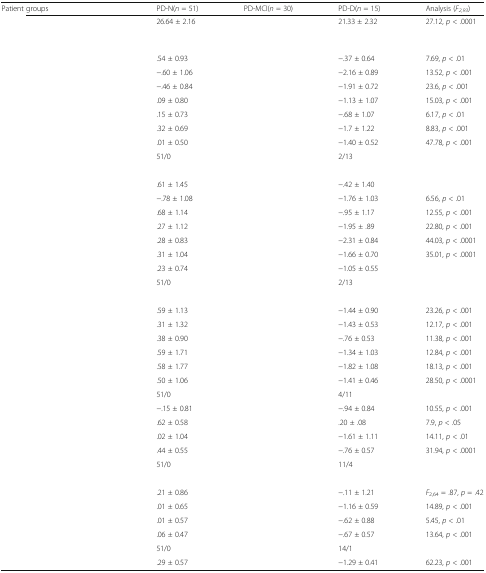
<table><thead><tr><td><b>Patient groups</b></td><td><b>PD-N(<i>n</i> = 51)</b></td><td><b>PD-MCI(<i>n</i> = 30)</b></td><td><b>PD-D(<i>n</i> = 15)</b></td><td><b>Analysis (<i>F</i><sub><i>2,93</i></sub>)</b></td></tr></thead><tbody><tr><td>[EMPTY_CELL]</td><td>26.64 ± 2.16</td><td>[EMPTY_CELL]</td><td>21.33 ± 2.32</td><td>27.12, <i>p</i> &lt; .0001</td></tr><tr><td colspan="5">[EMPTY_CELL]</td></tr><tr><td>[EMPTY_CELL]</td><td>.54 ± 0.93</td><td>[EMPTY_CELL]</td><td>−.37 ± 0.64</td><td>7.69, <i>p</i> &lt; .01</td></tr><tr><td>[EMPTY_CELL]</td><td>−.60 ± 1.06</td><td>[EMPTY_CELL]</td><td>−2.16 ± 0.89</td><td>13.52, <i>p</i> &lt; .001</td></tr><tr><td>[EMPTY_CELL]</td><td>−.46 ± 0.84</td><td>[EMPTY_CELL]</td><td>−1.91 ± 0.72</td><td>23.6, <i>p</i> &lt; .001</td></tr><tr><td>[EMPTY_CELL]</td><td>.09 ± 0.80</td><td>[EMPTY_CELL]</td><td>−1.13 ± 1.07</td><td>15.03, <i>p</i> &lt; .001</td></tr><tr><td>[EMPTY_CELL]</td><td>.15 ± 0.73</td><td>[EMPTY_CELL]</td><td>−.68 ± 1.07</td><td>6.17, <i>p</i> &lt; .01</td></tr><tr><td>[EMPTY_CELL]</td><td>.32 ± 0.69</td><td>[EMPTY_CELL]</td><td>−1.7 ± 1.22</td><td>8.83, <i>p</i> &lt; .001</td></tr><tr><td>[EMPTY_CELL]</td><td>.01 ± 0.50</td><td>[EMPTY_CELL]</td><td>−1.40 ± 0.52</td><td>47.78, <i>p</i> &lt; .001</td></tr><tr><td>[EMPTY_CELL]</td><td>51/0</td><td>[EMPTY_CELL]</td><td>2/13</td><td>[EMPTY_CELL]</td></tr><tr><td colspan="5">[EMPTY_CELL]</td></tr><tr><td>[EMPTY_CELL]</td><td>.61 ± 1.45</td><td>[EMPTY_CELL]</td><td>−.42 ± 1.40</td><td>[EMPTY_CELL]</td></tr><tr><td>[EMPTY_CELL]</td><td>−.78 ± 1.08</td><td>[EMPTY_CELL]</td><td>−1.76 ± 1.03</td><td>6.56, <i>p</i> &lt; .01</td></tr><tr><td>[EMPTY_CELL]</td><td>.68 ± 1.14</td><td>[EMPTY_CELL]</td><td>−.95 ± 1.17</td><td>12.55, <i>p</i> &lt; .001</td></tr><tr><td>[EMPTY_CELL]</td><td>.27 ± 1.12</td><td>[EMPTY_CELL]</td><td>−1.95 ± .89</td><td>22.80, <i>p</i> &lt; .001</td></tr><tr><td>[EMPTY_CELL]</td><td>.28 ± 0.83</td><td>[EMPTY_CELL]</td><td>−2.31 ± 0.84</td><td>44.03, <i>p</i> &lt; .0001</td></tr><tr><td>[EMPTY_CELL]</td><td>.31 ± 1.04</td><td>[EMPTY_CELL]</td><td>−1.66 ± 0.70</td><td>35.01, <i>p</i> &lt; .0001</td></tr><tr><td>[EMPTY_CELL]</td><td>.23 ± 0.74</td><td>[EMPTY_CELL]</td><td>−1.05 ± 0.55</td><td>[EMPTY_CELL]</td></tr><tr><td>[EMPTY_CELL]</td><td>51/0</td><td>[EMPTY_CELL]</td><td>2/13</td><td>[EMPTY_CELL]</td></tr><tr><td colspan="5">[EMPTY_CELL]</td></tr><tr><td>[EMPTY_CELL]</td><td>.59 ± 1.13</td><td>[EMPTY_CELL]</td><td>−1.44 ± 0.90</td><td>23.26, <i>p</i> &lt; .001</td></tr><tr><td>[EMPTY_CELL]</td><td>.31 ± 1.32</td><td>[EMPTY_CELL]</td><td>−1.43 ± 0.53</td><td>12.17, <i>p</i> &lt; .001</td></tr><tr><td>[EMPTY_CELL]</td><td>.38 ± 0.90</td><td>[EMPTY_CELL]</td><td>−.76 ± 0.53</td><td>11.38, <i>p</i> &lt; .001</td></tr><tr><td>[EMPTY_CELL]</td><td>.59 ± 1.71</td><td>[EMPTY_CELL]</td><td>−1.34 ± 1.03</td><td>12.84, <i>p</i> &lt; .001</td></tr><tr><td>[EMPTY_CELL]</td><td>.58 ± 1.77</td><td>[EMPTY_CELL]</td><td>−1.82 ± 1.08</td><td>18.13, <i>p</i> &lt; .001</td></tr><tr><td>[EMPTY_CELL]</td><td>.50 ± 1.06</td><td>[EMPTY_CELL]</td><td>−1.41 ± 0.46</td><td>28.50, <i>p</i> &lt; .0001</td></tr><tr><td>[EMPTY_CELL]</td><td>51/0</td><td>[EMPTY_CELL]</td><td>4/11</td><td>[EMPTY_CELL]</td></tr><tr><td>[EMPTY_CELL]</td><td>−.15 ± 0.81</td><td>[EMPTY_CELL]</td><td>−.94 ± 0.84</td><td>10.55, <i>p</i> &lt; .001</td></tr><tr><td>[EMPTY_CELL]</td><td>.62 ± 0.58</td><td>[EMPTY_CELL]</td><td>.20 ± .08</td><td>7.9, <i>p</i> &lt; .05</td></tr><tr><td>[EMPTY_CELL]</td><td>.02 ± 1.04</td><td>[EMPTY_CELL]</td><td>−1.61 ± 1.11</td><td>14.11, <i>p</i> &lt; .01</td></tr><tr><td>[EMPTY_CELL]</td><td>.44 ± 0.55</td><td>[EMPTY_CELL]</td><td>−.76 ± 0.57</td><td>31.94, <i>p</i> &lt; .0001</td></tr><tr><td>[EMPTY_CELL]</td><td>51/0</td><td>[EMPTY_CELL]</td><td>11/4</td><td>[EMPTY_CELL]</td></tr><tr><td colspan="5">[EMPTY_CELL]</td></tr><tr><td>[EMPTY_CELL]</td><td>.21 ± 0.86</td><td>[EMPTY_CELL]</td><td>−.11 ± 1.21</td><td><i>F</i><sub>2,64</sub> = .87, <i>p</i> = .42</td></tr><tr><td>[EMPTY_CELL]</td><td>.01 ± 0.65</td><td>[EMPTY_CELL]</td><td>−1.16 ± 0.59</td><td>14.89, <i>p</i> &lt; .001</td></tr><tr><td>[EMPTY_CELL]</td><td>.01 ± 0.57</td><td>[EMPTY_CELL]</td><td>−.62 ± 0.88</td><td>5.45, <i>p</i> &lt; .01</td></tr><tr><td>[EMPTY_CELL]</td><td>.06 ± 0.47</td><td>[EMPTY_CELL]</td><td>−.67 ± 0.57</td><td>13.64, <i>p</i> &lt; .001</td></tr><tr><td>[EMPTY_CELL]</td><td>51/0</td><td>[EMPTY_CELL]</td><td>14/1</td><td>[EMPTY_CELL]</td></tr><tr><td>[EMPTY_CELL]</td><td>.29 ± 0.57</td><td>[EMPTY_CELL]</td><td>−1.29 ± 0.41</td><td>62.23, <i>p</i> &lt; .001</td></tr></tbody></table>